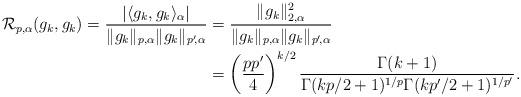
LaTeX: \begin{align*} \mathcal{R}_{p,\alpha}(g_k,g_k)=\frac{|\langle g_k,g_k\rangle_\alpha|}{\|g_k\|_{p, \alpha}\|g_k\|_{p'\!, \alpha}}&=\frac{\|g_k\|^2_{2,\alpha}}{\|g_k\|_{p, \alpha}\|g_k\|_{p'\!, \alpha}} \\&=\left(\frac{pp'}{4}\right)^{k/2}\frac{\Gamma(k+1)}{\Gamma(kp/2+1)^{1/p}\Gamma(kp'/2+1)^{1/p'}}. \end{align*}